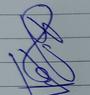
Signature authenticity: genuine